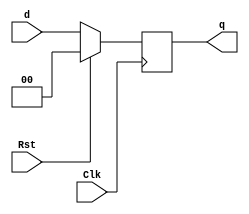
module REG #(parameter WIDTH = 2)(Clk, Rst, d, q);
	input Clk, Rst;
	input [WIDTH-1:0] d;
	output reg [WIDTH-1:0] q; 
	
	always @(posedge Clk) begin
		if(Rst) begin
			q <= 0;
		end
		else begin
			q <= d;
		end
	end
endmodule

// REG needs to be tested